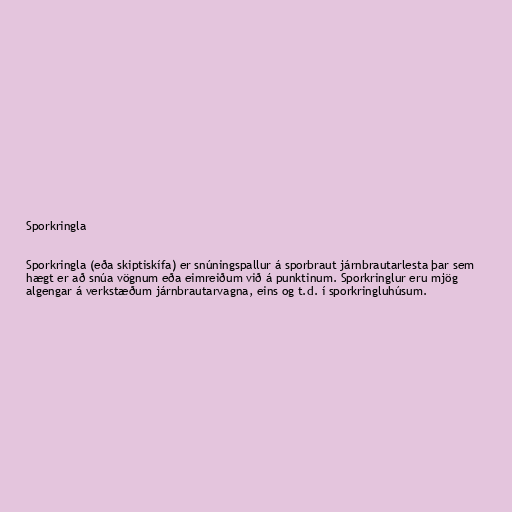
Sporkringla

Sporkringla (eða skiptiskífa) er snúningspallur á sporbraut járnbrautarlesta þar sem
hægt er að snúa vögnum eða eimreiðum við á punktinum. Sporkringlur eru mjög
algengar á verkstæðum járnbrautarvagna, eins og t.d. í sporkringluhúsum.